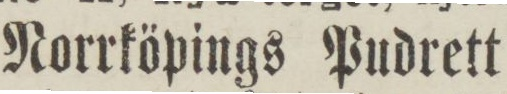
Norrköpings Pudrett